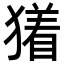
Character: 𬍃